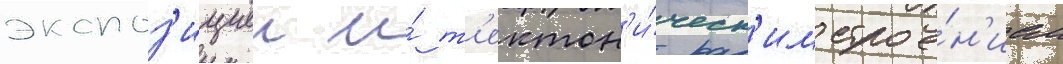
экспоз'ициеи и́ т'ектон'и́ческ'им строе́н'ием